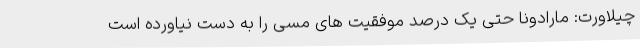
چیلاورت: مارادونا حتی یک درصد موفقیت های مسی را به دست نیاورده است